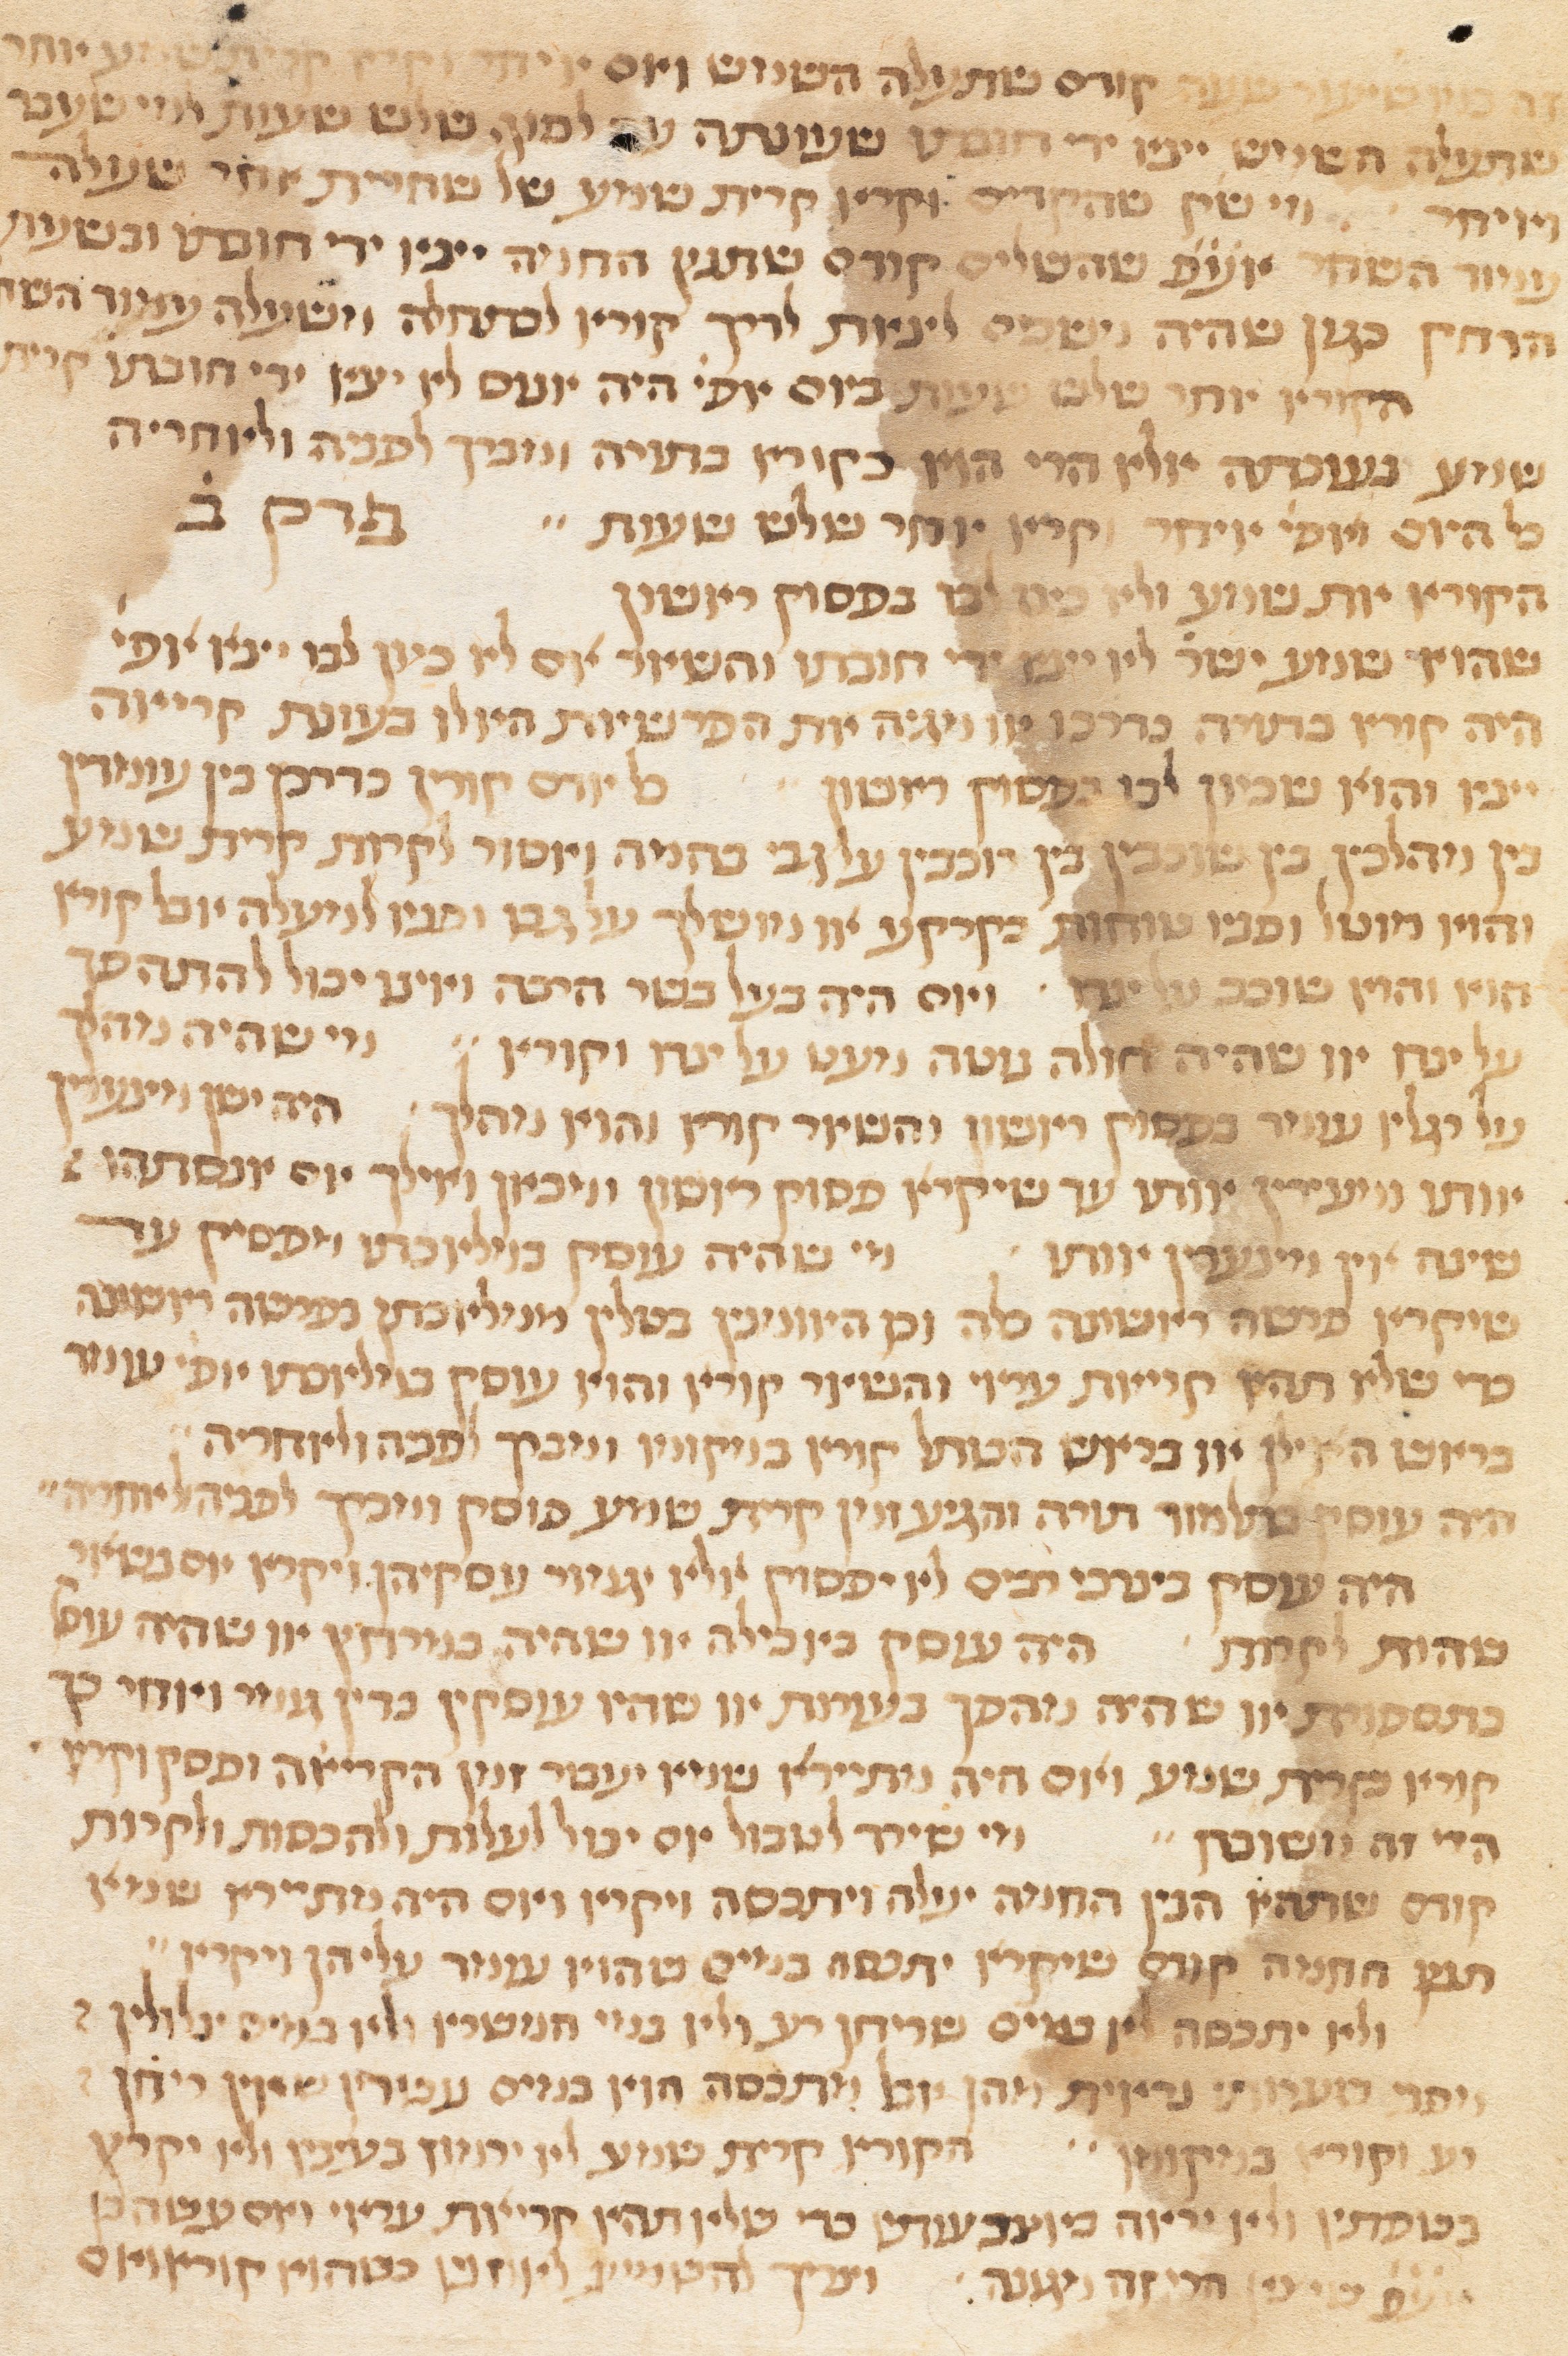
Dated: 1300–1349